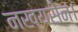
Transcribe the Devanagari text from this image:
नख्यसेन।